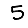
Digit: 5